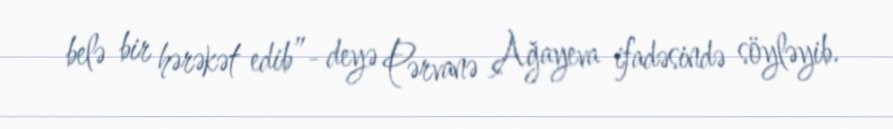
belə bir hərəkət edib”- deyə Pərvanə Ağayeva ifadəsində söyləyib.